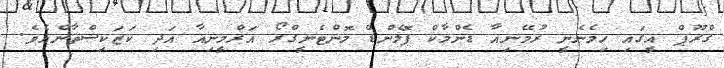
ގްރޫޕް އީގައި ހިމެނެނީ ރުމޭނިއާ ޑެންމާކް ޕޮލެންޑް މޮންޓެނީގްރޯ އަރްމީނިއާ އަދި ކަޒަކިސްތާންއެވެ.